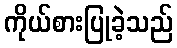
ကိုယ်စားပြုခဲ့သည်